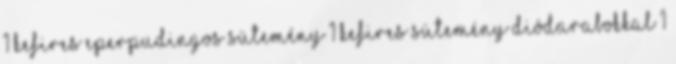
1 Kefires eperpudingos sütemény 1 Kefires sütemény diódarabokkal 1